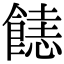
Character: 𩝤